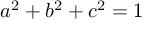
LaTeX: a ^ { 2 } + b ^ { 2 } + c ^ { 2 } = 1